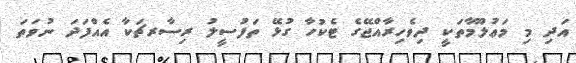
އަދި މި މަޢުލޫމާތަކީ ދިވެހިރާއްޖޭގެ ޓެކުހާ ގުޅޭ ތަފުސީލު ރިސާރޗަކާ އެއްފަދަ ނުވަތަ